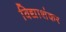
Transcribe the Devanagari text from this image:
विद्याशंकर